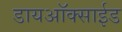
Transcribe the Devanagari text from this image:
डायअाॅक्साईड